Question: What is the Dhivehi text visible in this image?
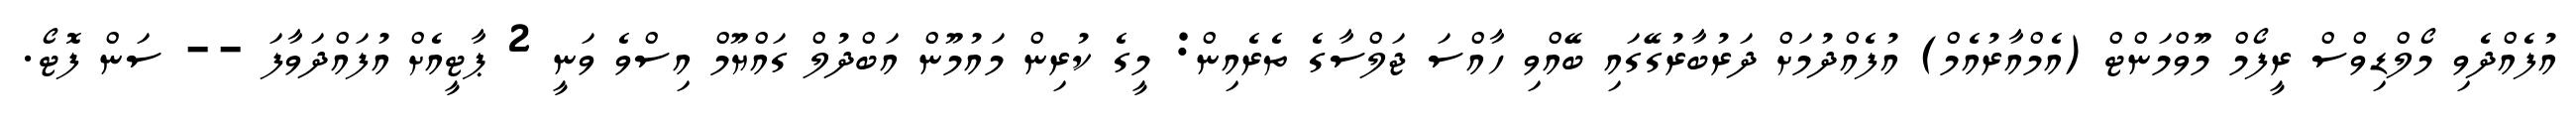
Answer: އުފެއްދެވި މޯލްޑިވްސް ރީފޯމް މޫވްމަންޓް (އެމްއާރުއެމް) އުފެއްދުމަށް ދަރުބާރުގޭގައި ބޭއްވި ހާއްސަ ޖަލްސާގެ ތެރެއިން: މީގެ ކުރިން މައުމޫން އަބްދުލް ގައްޔޫމް އިސްވެ ވަނީ 2 ޕާޓީއެށް އުފައްދަވާފަ -- ސަން ފޮޓޯ.